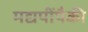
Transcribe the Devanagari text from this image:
मद्यपींपैकी